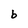
Character: b